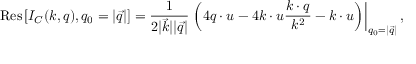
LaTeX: \mathrm { R e s } \left[ I _ { C } ( k , q ) , q _ { 0 } = | \vec { q } | \right] = \frac { 1 } { 2 | \vec { k } | | \vec { q } | } \left. \left( 4 q \cdot u - 4 k \cdot u \frac { k \cdot q } { k ^ { 2 } } - k \cdot u \right) \right| _ { q _ { 0 } = | \vec { q } | } ,